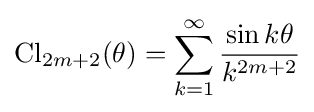
\operatorname {Cl} _{2m+2}(\theta )=\sum _{k=1}^{\infty }{\frac {\sin k\theta }{k^{2m+2}}}